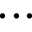
. . .